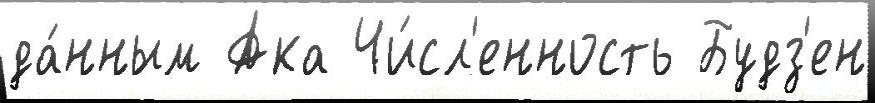
да́нным Ака Чи́сл'енность Будз'ен